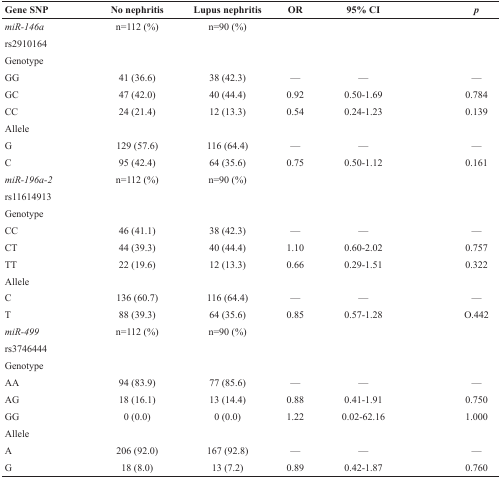
| Gene SNP | No nephritis | Lupus nephritis | OR | 95% CI | p |
 | --- | --- | --- | --- | --- | --- |
 | miR-146a | n=112 (%) | n=90 (%) |  |  |  |
 | rs2910164 |  |  |  |  |  |
 | Genotype |  |  |  |  |  |
 | GG | 41 (36.6) | 38 (42.3) | — | — | — |
 | GC | 47 (42.0) | 40 (44.4) | 0.92 | 0.50-1.69 | 0.784 |
 | CC | 24 (21.4) | 12 (13.3) | 0.54 | 0.24-1.23 | 0.139 |
 | Allele |  |  |  |  |  |
 | G | 129 (57.6) | 116 (64.4) | — | — | — |
 | C | 95 (42.4) | 64 (35.6) | 0.75 | 0.50-1.12 | 0.161 |
 | miR-196a-2 | n=112 (%) | n=90 (%) |  |  |  |
 | rs11614913 |  |  |  |  |  |
 | Genotype |  |  |  |  |  |
 | CC | 46 (41.1) | 38 (42.3) | — | — | — |
 | CT | 44 (39.3) | 40 (44.4) | 1.10 | 0.60-2.02 | 0.757 |
 | TT | 22 (19.6) | 12 (13.3) | 0.66 | 0.29-1.51 | 0.322 |
 | Allele |  |  |  |  |  |
 | C | 136 (60.7) | 116 (64.4) | — | — | — |
 | T | 88 (39.3) | 64 (35.6) | 0.85 | 0.57-1.28 | O.442 |
 | miR-499 | n=112 (%) | n=90 (%) |  |  |  |
 | rs3746444 |  |  |  |  |  |
 | Genotype |  |  |  |  |  |
 | AA | 94 (83.9) | 77 (85.6) | — | — | — |
 | AG | 18 (16.1) | 13 (14.4) | 0.88 | 0.41-1.91 | 0.750 |
 | GG | 0 (0.0) | 0 (0.0) | 1.22 | 0.02-62.16 | 1.000 |
 | Allele |  |  |  |  |  |
 | A | 206 (92.0) | 167 (92.8) | — | — | — |
 | G | 18 (8.0) | 13 (7.2) | 0.89 | 0.42-1.87 | 0.760 |